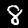
Digit: 8